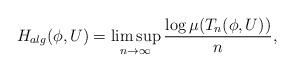
LaTeX: \begin{align*}H_{alg} (\phi, U) = \limsup_{n \to \infty} \frac{\log \mu (T_n(\phi,U))}{n},\end{align*}